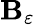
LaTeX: \mathbf{B}_{\varepsilon}